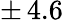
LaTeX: \pm\, 4.6